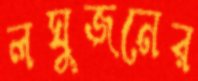
লঘুজনের